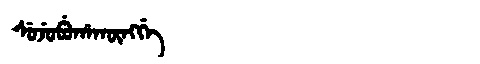
Manchu: ᠰᡠᠵᡠᠪᡠᡥᠠᡴᡡᠩᡤᡝ
Romanization: SUJUBUHAKŪNGGE